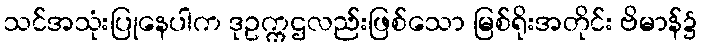
သင်အသုံးပြုနေပါက ဒုဥက္ကဌလည်းဖြစ်သော မြစ်ရိုးအတိုင်း ဗိမာန်၌